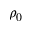
\rho _ { 0 }